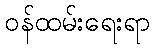
ဝန်ထမ်းရေးရာ